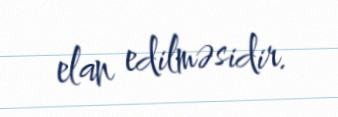
elan edilməsidir.